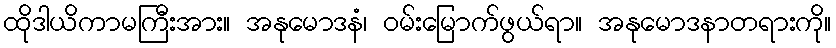
ထိုဒါယိကာမကြီးအား။ အနုမောဒနံ၊ ဝမ်းမြောက်ဖွယ်ရာ။ အနုမောဒနာတရားကို။